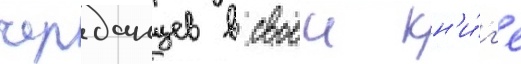
черданцев в своеи кн'и́г'е